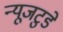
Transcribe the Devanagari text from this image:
न्यूजटुडे